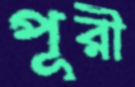
পূরী